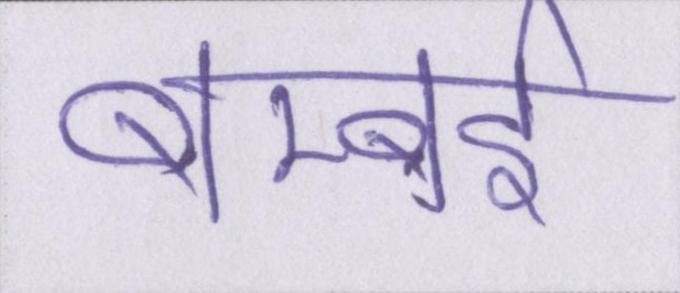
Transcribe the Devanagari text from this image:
बम्बर्इ